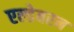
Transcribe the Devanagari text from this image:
एल्डेबरन